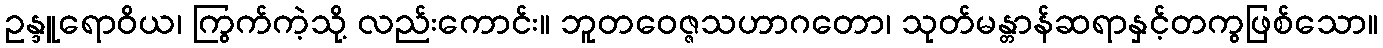
ဥန္ဒူရောဝိယ၊ ကြွက်ကဲ့သို့ လည်းကောင်း။ ဘူတဝေဇ္ဇသဟာဂတော၊ သုတ်မန္တာန်ဆရာနှင့်တကွဖြစ်သော။